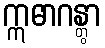
ဣဓာဂန္တွာ